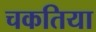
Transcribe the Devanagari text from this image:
चकतिया